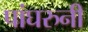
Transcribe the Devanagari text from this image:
पांघरुनी